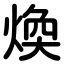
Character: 煥